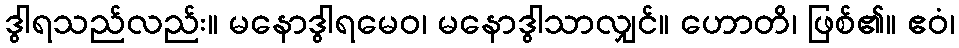
ဒွါရသည်လည်း။ မနောဒွါရမေဝ၊ မနောဒွါသာလျှင်။ ဟောတိ၊ ဖြစ်၏။ ဧဝံ၊